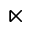
\ltimes